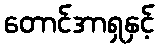
တောင်အာရှနှင့်